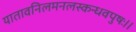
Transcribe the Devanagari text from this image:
यातावनिलमनलस्कन्धवपुषः।।